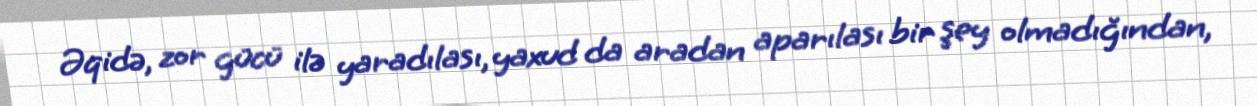
Əqidə, zor gücü ilə yaradılası, yaxud da aradan aparılası bir şey olmadığından,